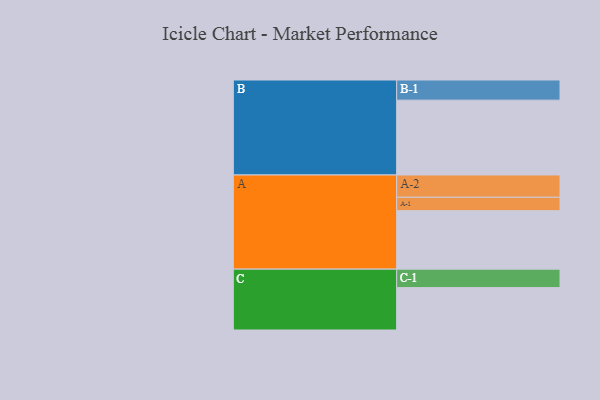
{"axis": {"x": "Segment", "y": "Value"}, "legend": ["", "A", "B", "C"], "data": [{"x": "A", "y": 418, "type": ""}, {"x": "B", "y": 535, "type": ""}, {"x": "C", "y": 303, "type": ""}, {"x": "A-1", "y": 96, "type": "A"}, {"x": "A-2", "y": 159, "type": "A"}, {"x": "B-1", "y": 144, "type": "B"}, {"x": "C-1", "y": 132, "type": "C"}]}